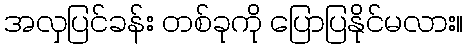
အလှပြင်ခန်း တစ်ခုကို ပြောပြနိုင်မလား။